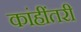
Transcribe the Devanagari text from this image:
कांहींतरी